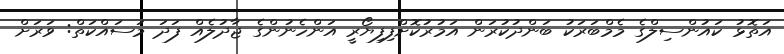
އަތޮޅު ކައުންސިލްގެ މެމްބަރަކު ބަންދުކުރަން އަމުރުކޮށްފިފިޔޯރީ އަންހެނުންގެ ޖާދުލެއް ފަދަ މަސައްކަތް: ވަރަށް